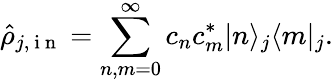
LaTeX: \hat{\rho}_{j,\mathrm{~i~n~}}=\sum_{n,m=0}^{\infty}c_{n}c_{m}^{*}\vert n\rangle_{j}\langle m\vert_{j}.